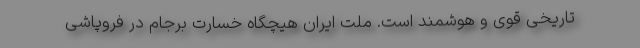
تاریخی قوی و هوشمند است. ملت ایران هیچگاه خسارت برجام در فروپاشی